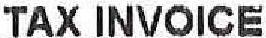
TAX INVOICE